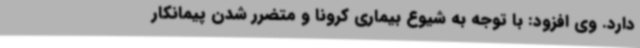
دارد. وی افزود: با توجه به شیوع بیماری کرونا و متضرر شدن پیمانکار